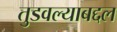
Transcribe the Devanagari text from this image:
तुडवल्याबद्दल